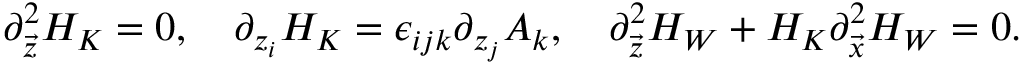
\partial _ { \vec { z } } ^ { 2 } H _ { K } = 0 , \ \ \ \partial _ { z _ { i } } H _ { K } = \epsilon _ { i j k } \partial _ { z _ { j } } A _ { k } , \ \ \ \partial _ { \vec { z } } ^ { 2 } H _ { W } + H _ { K } \partial _ { \vec { x } } ^ { 2 } H _ { W } = 0 .